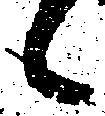
候